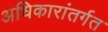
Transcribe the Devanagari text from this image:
अधिकारांतर्गत